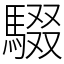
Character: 䮕